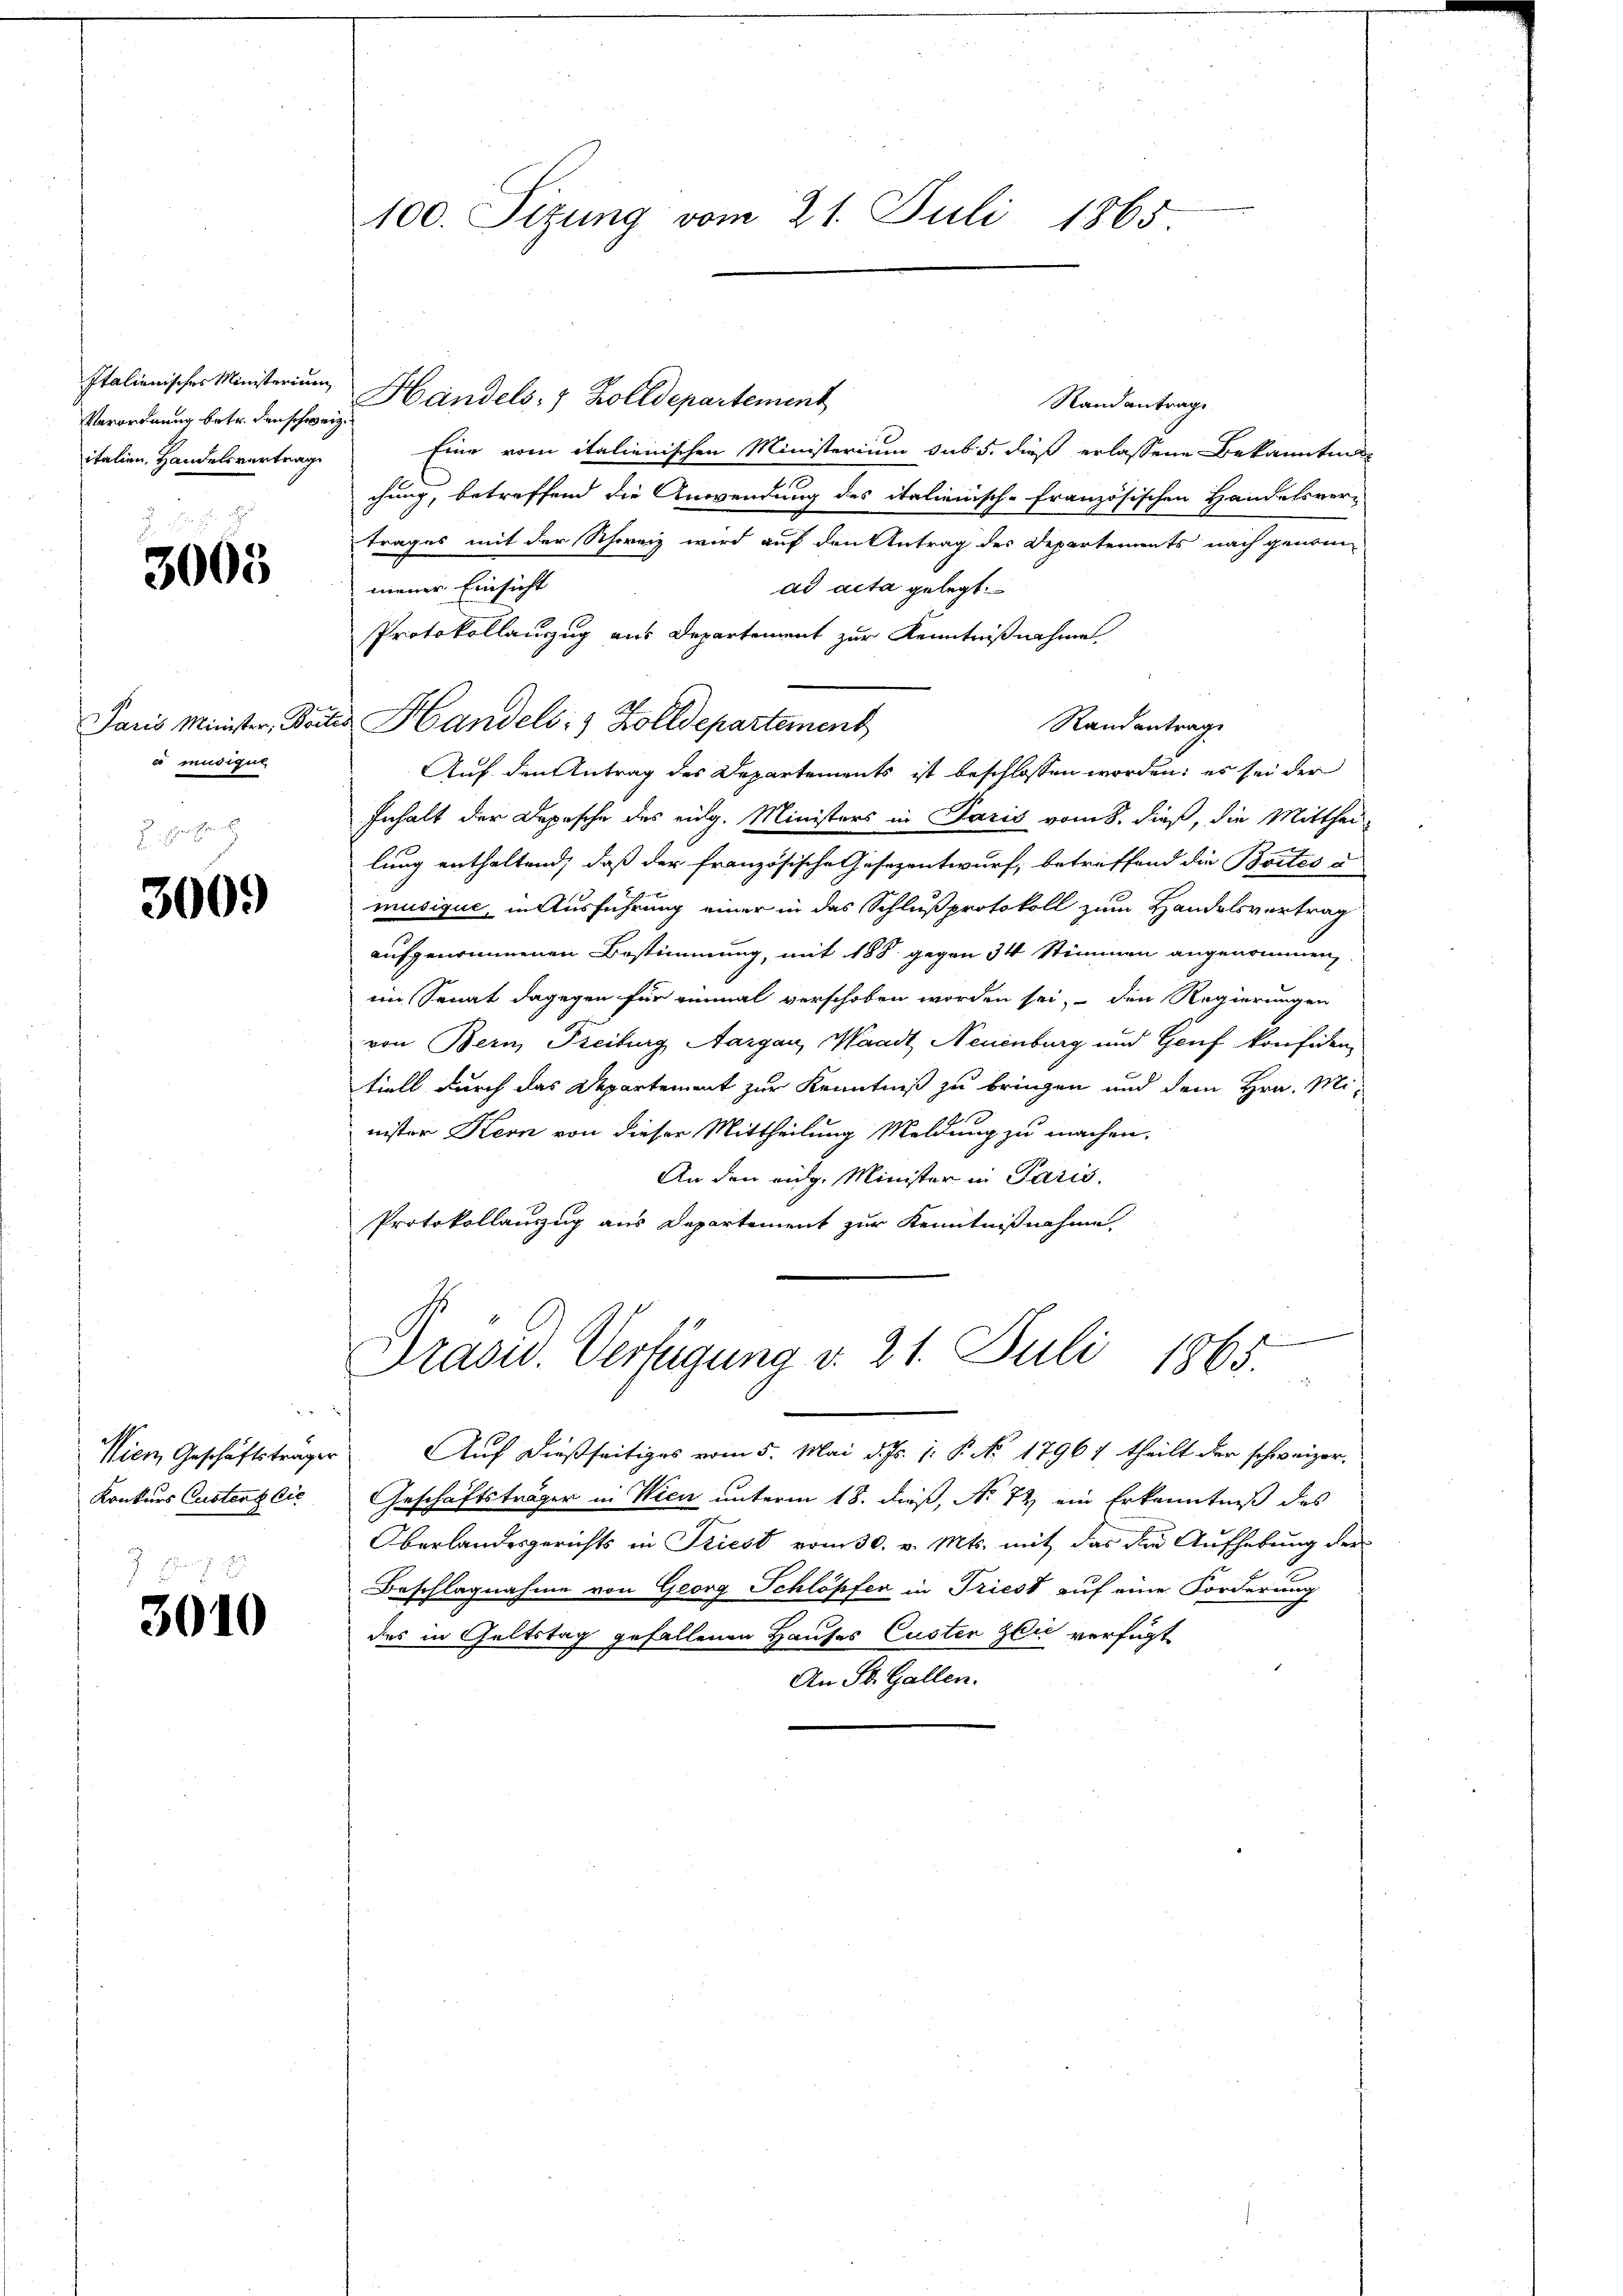
Verordnung betr. denschweiz.
italien. Handelsvertrage

3005

Paris Minister, Boit
es indigun

3000

Wien Geschäftstragen
Konkurs Custent die

3010

100. Sitzung vom 21. Juli 1865.

Randantrage
Eine vom italienischen Ministerium sub 5. dieß erlassene Bekanntnis
chung, betreffend die Anwendung des italienisch-französischen Handelsver-
trages mit der Schweiz wird auf den Antrag der Departements nach genom-
mener Einsicht
ad acta gelegt.
Protokollauszug aus Departement zur Kenntnißnahme
Randantrage
u Handels- & Zolldepartement
Auf den Antrag des Departements ist beschlossen worden; es sei der
Inhalt der Depesche des eidg. Ministers in Paris vom 8. dieß, die Mitthei-
lung enthaltend, daß der französische Gesezentwurf, betreffend die Bortes u
musique, in Ausführung einer in das Schlußprotokoll zum Handelsvertrag
aufgenommenen Bestimmung, mit 188 gegen 34 Stimmen angenommen,
im Senat dagegen für einmal verschoben worden sei, den Regierungen
von Bern Freiburg Aargau, Waadt, Neuenburg und Genf konfiden
tiell durch das Departement zur Kenntniß zu bringen und dem Hrn. Mi
nister Kern von dieser Mittheilung Meldung zu machen.
An den eidg. Minister in Paris.
Protokollanzug aus Departement zur Kenntnißnahme,

Italienisches Ministerium Handels- 7 Zolldepartement

Präsid. Verfügung d. 21. Juli 1865.

Auf dießseitiges vom 5. Mai d. Js. 1. P. No 17967 theilt der schweizer-
Geschäftsträger in Wien unterm 18. dieß, No 72 ein Erkenntniß des
Oberlandesgerichts in Triest vom 30. v. Mts. mit das die Aufhebung der
Beschlagnahme von Georg Schlöpfer in Triest auf eine Forderung
des in Geltstag gefallenen Hauses Custen Zeit verfügt
An St. Gallen.